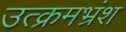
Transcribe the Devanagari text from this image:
उत्क्रमभ्रंश